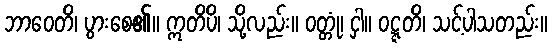
ဘာဝေတိ၊ ပွားစေ၏။ ဣတိပိ၊ သို့လည်း။ ဝတ္တုံ၊ ငှါ။ ဝဋ္ဋတိ၊ သင့်ပါသတည်း။